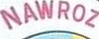
NAWROZ